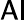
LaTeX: \mathsf{Al}